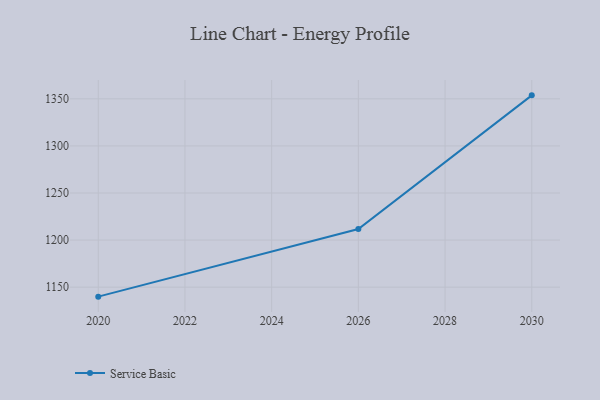
{"axis": {"x": "Year", "y": "Temperature (°C)"}, "legend": ["Service Basic"], "data": [{"x": "2020", "y": 1139.9, "type": "Service Basic"}, {"x": "2026", "y": 1211.7, "type": "Service Basic"}, {"x": "2030", "y": 1353.7, "type": "Service Basic"}]}